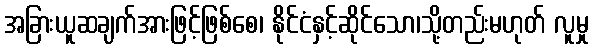
အခြားယူဆချက်အားဖြင့်ဖြစ်စေ၊ နိုင်ငံနှင့်ဆိုင်သော၊သို့တည်းမဟုတ် လူမှု